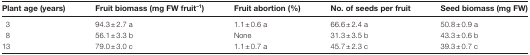
<table><thead><tr><td><b>Plant age (years)</b></td><td><b>Fruit biomass (mg FW fruit<sup>–1</sup>)</b></td><td><b>Fruit abortion (%)</b></td><td><b>No. of seeds per fruit</b></td><td><b>Seed biomass (mg FW)</b></td></tr></thead><tbody><tr><td>3</td><td>94.3±2.7 a</td><td>1.1±0.6 a</td><td>66.6±2.4 a</td><td>50.8±0.9 a</td></tr><tr><td>8</td><td>56.1±3.3 b</td><td>None</td><td>31.3±3.5 b</td><td>43.3±0.6 b</td></tr><tr><td>13</td><td>79.0±3.0 c</td><td>1.1±0.7 a</td><td>45.7±2.3 c</td><td>39.3±0.7 c</td></tr></tbody></table>